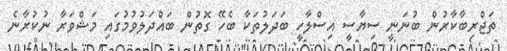
ތަޖްރިބާކާރުން ބުނަނީ ސިޔާސީ އިސްލާހީ ބަދަލުތަކާ ބެހޭ ގޮތުން ބައްދަލުވުމުގައި މަޝްވަރާ ނުކުރާނެ